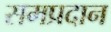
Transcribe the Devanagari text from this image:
समप्रदान